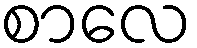
စာလေ